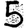
Digit: 5